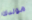
مولدك